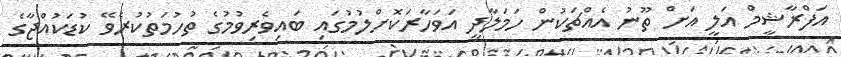
އަފްރާޝީމް އަލީ އަށް ތޫނު އެއްޗަކުން ހަމަލާދީ އަވަހާރަކޮށްލުމުގައި ބައިވެރިވުމުގެ ތުހުމަތުކުރެވޭ ކުޑަކުއްޖާގެ